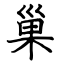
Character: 巢